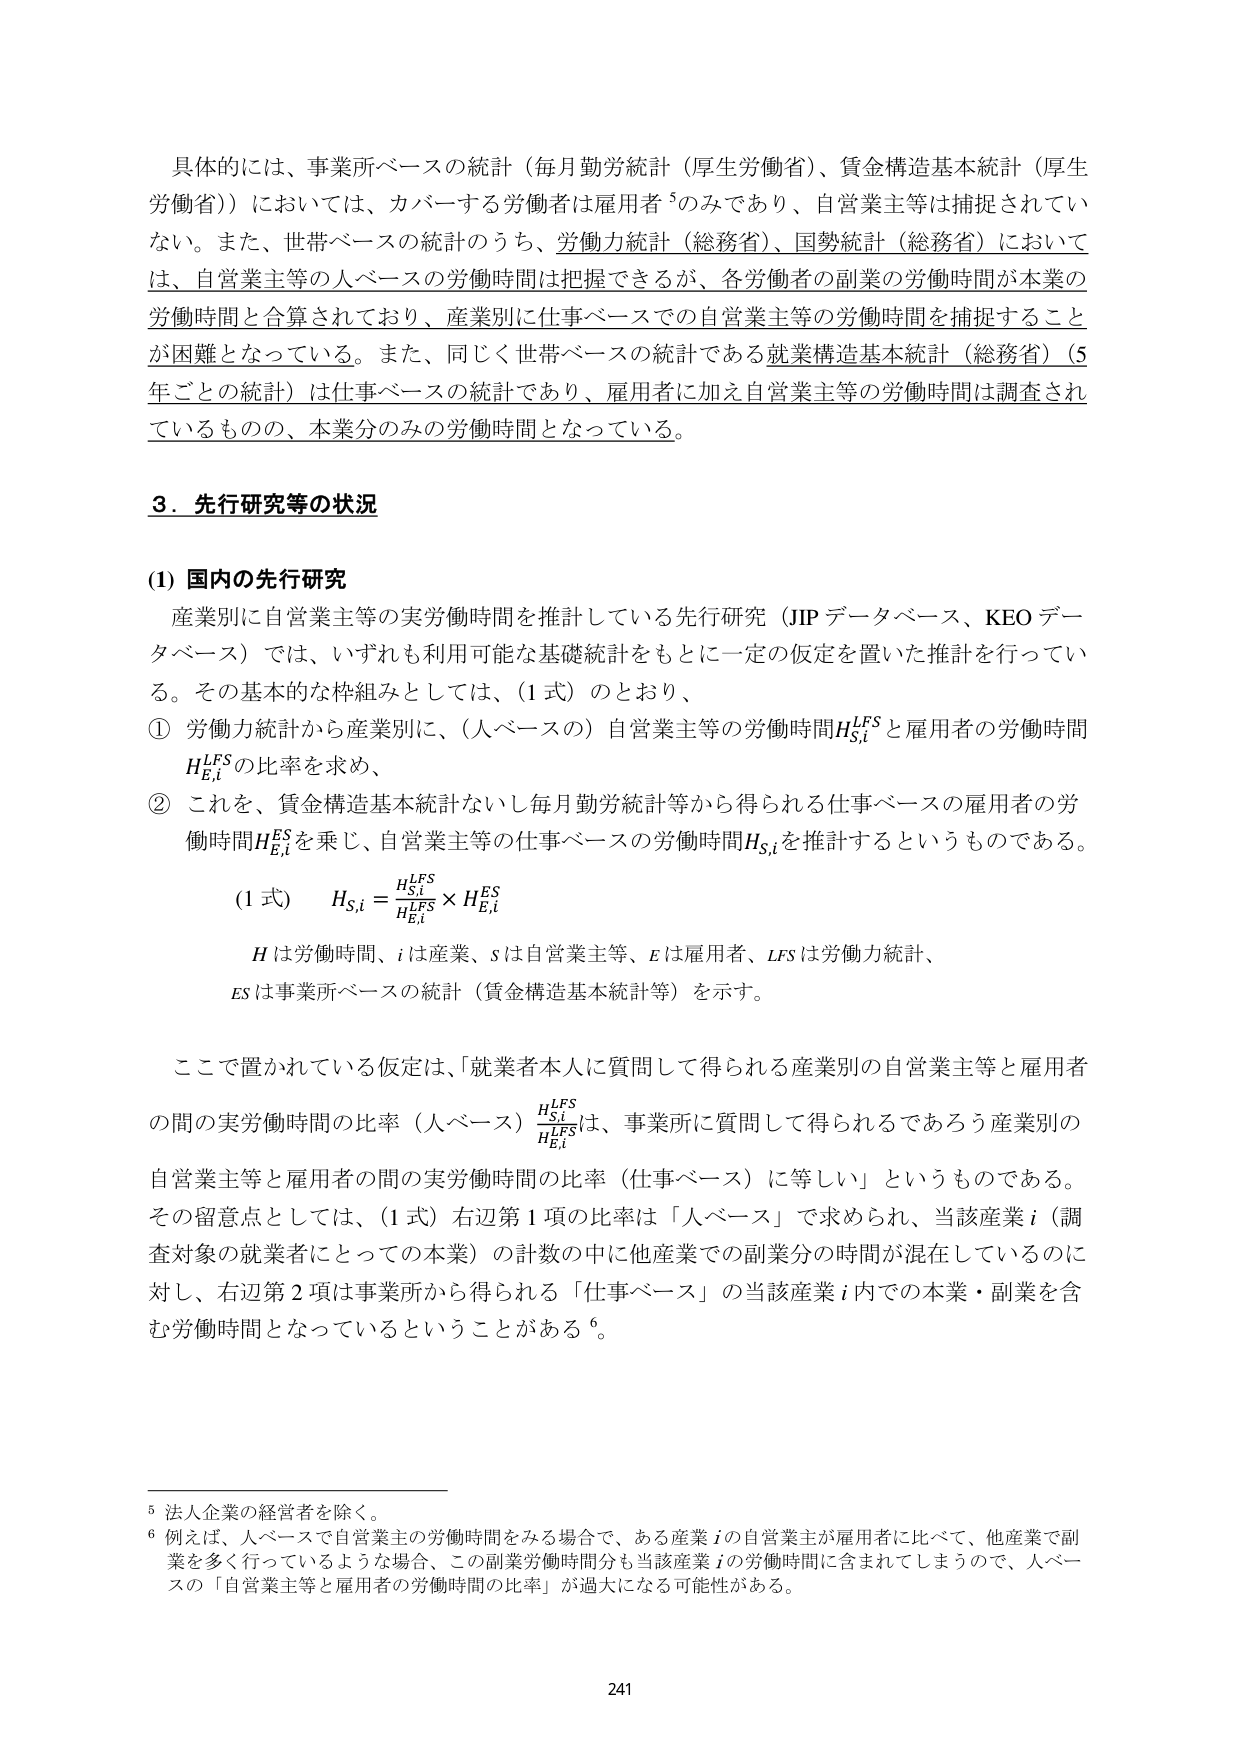
具体的には、事業所ベースの統計（毎月勤労統計（厚生労働省）、賃金構造基本統計（厚生労働省））においては、カバーする労働者は雇用者⁵のみであり、自営業主等は捕捉されていない。また、世帯ベースの統計のうち、労働力統計（総務省）、国勢統計（総務省）においては、自営業主等の人ベースの労働時間は把握できるが、各労働者の副業の労働時間が本業の労働時間と合算されており、産業別に仕事ベースでの自営業主等の労働時間を捕捉することが困難となっている。また、同じく世帯ベースの統計である就業構造基本統計（総務省）（5年ごとの統計）は仕事ベースの統計であり、雇用者に加え自営業主等の労働時間は調査されているものの、本業分のみの労働時間となっている。

3．先行研究等の状況

(1) 国内の先行研究
産業別に自営業主等の実労働時間を推計している先行研究（JIPデータベース、KEOデータベース）では、いずれも利用可能な基礎統計をもとに一定の仮定を置いた推計を行っている。その基本的な枠組みとしては、（1式）のとおり、
① 労働力統計から産業別に、（人ベースの）自営業主等の労働時間H_S,i^LFSと雇用者の労働時間H_E,i^LFSの比率を求め、
② これを、賃金構造基本統計ないし毎月勤労統計等から得られる仕事ベースの雇用者の労働時間H_E,i^ESを乗じ、自営業主等の仕事ベースの労働時間H_S,iを推計するというものである。

(1式)　H_S,i = (H_S,i^LFS / H_E,i^LFS) × H_E,i^ES

Hは労働時間、iは産業、sは自営業主等、eは雇用者、LFSは労働力統計、
ESは事業所ベースの統計（賃金構造基本統計等）を示す。

ここで置かれている仮定は、「就業者本人に質問して得られる産業別の自営業主等と雇用者の間の実労働時間の比率（人ベース）H_S,i^LFS / H_E,i^LFSは、事業所に質問して得られるであろう産業別の自営業主等と雇用者の間の実労働時間の比率（仕事ベース）に等しい」というものである。その留意点としては、（1式）右辺第1項の比率は「人ベース」で求められ、当該産業i（調査対象の就業者にとっての本業）の計数の中に他産業での副業分の時間が混在しているのに対し、右辺第2項は事業所から得られる「仕事ベース」の当該産業i内での本業・副業を含む労働時間となっているということがある⁶。

⁵ 法人企業の経営者を除く。
⁶ 例えば、人ベースで自営業主の労働時間をみる場合で、ある産業iの自営業主が雇用者に比べて、他産業で副業を多く行っているような場合、この副業労働時間分も当該産業iの労働時間に含まれてしまうので、人ベースの「自営業主等と雇用者の労働時間の比率」が過大になる可能性がある。

241